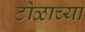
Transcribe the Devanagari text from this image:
टोळाच्या